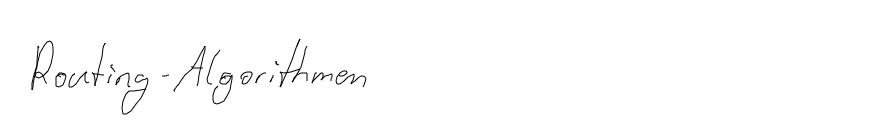
Routing-Algorithmen